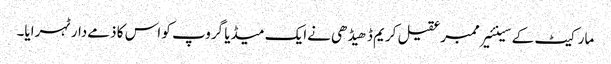
مارکیٹ کے سینئیرممبرعقیل کریم ڈھیڈھی نےایک میڈیا گروپ کو اس کا ذمےدارٹہرایا۔